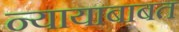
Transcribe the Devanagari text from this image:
न्यायाबाबत